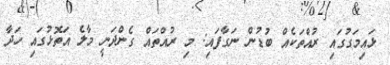
ޅައިމަގުގައި ރުއްތަކެއް ބުޑުން ނަގާފައި: މި ރުއްތައް ގެންދަނީ މާލެ އަތޮޅުގައި ހަދާ